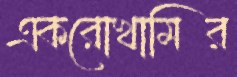
একরোখামির